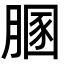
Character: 𦞢